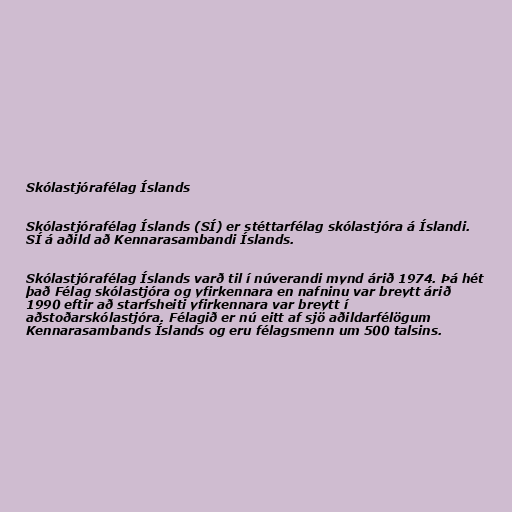
Skólastjórafélag Íslands

Skólastjórafélag Íslands (SÍ) er stéttarfélag skólastjóra á Íslandi.
SÍ á aðild að Kennarasambandi Íslands.

Skólastjórafélag Íslands varð til í núverandi mynd árið 1974. Þá hét
það Félag skólastjóra og yfirkennara en nafninu var breytt árið
1990 eftir að starfsheiti yfirkennara var breytt í
aðstoðarskólastjóra. Félagið er nú eitt af sjö aðildarfélögum
Kennarasambands Íslands og eru félagsmenn um 500 talsins.